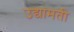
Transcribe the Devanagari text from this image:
उद्यामती